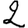
Digit: 2